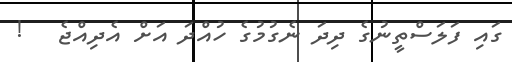
ގައި ފަލަސްތީނުގެ ދިދަ ނެގުމުގެ ހުއްދަ އަށް އެދިއްޖެ   !